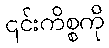
၎င်းကိစ္စကို